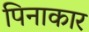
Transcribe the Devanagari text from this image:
पिनाकार